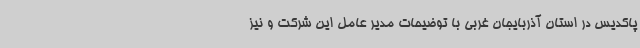
پاکدیس در استان آذربایجان غربی با توضیحات مدیر عامل این شرکت و نیز